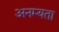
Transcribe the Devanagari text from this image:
अनम्यता